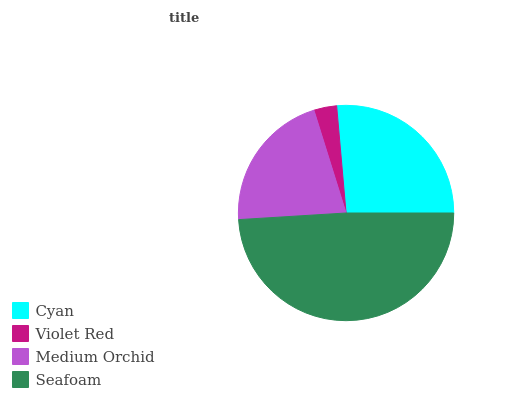
| Cyan | Violet Red | Medium Orchid | Seafoam |
 | --- | --- | --- | --- |
 | 26.4% | 3.42% | 21.2% | 49% |